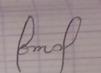
Signature authenticity: forged